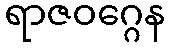
ရာဇဝဂ္ဂေန